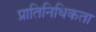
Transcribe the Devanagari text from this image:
प्रातिनिधिकता